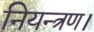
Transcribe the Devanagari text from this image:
नियन्त्रण।